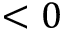
< 0